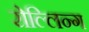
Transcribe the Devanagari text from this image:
रोल्लिन्ग